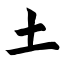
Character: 土